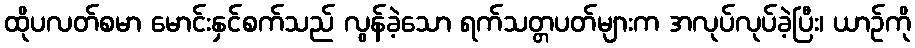
ထိုပလတ်စမာ မောင်းနှင်စက်သည် လွန်ခဲ့သော ရက်သတ္တပတ်များက အလုပ်လုပ်ခဲ့ပြီး၊ ယာဉ်ကို